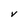
Character: V